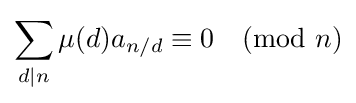
\sum _{d\mid n}\mu (d)a_{n/d}\equiv 0{\pmod {n}}